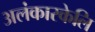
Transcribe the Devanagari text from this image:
अलंकारकेलि